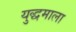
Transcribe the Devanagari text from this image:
युद्धमाला